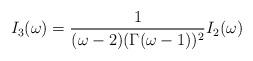
LaTeX: \begin{align*}I_3(\omega) = \frac{1}{(\omega-2)(\Gamma(\omega-1))^2} I_2 (\omega)\end{align*}